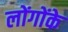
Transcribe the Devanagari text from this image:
लोंगोंके